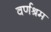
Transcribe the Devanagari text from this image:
वर्णश्रम